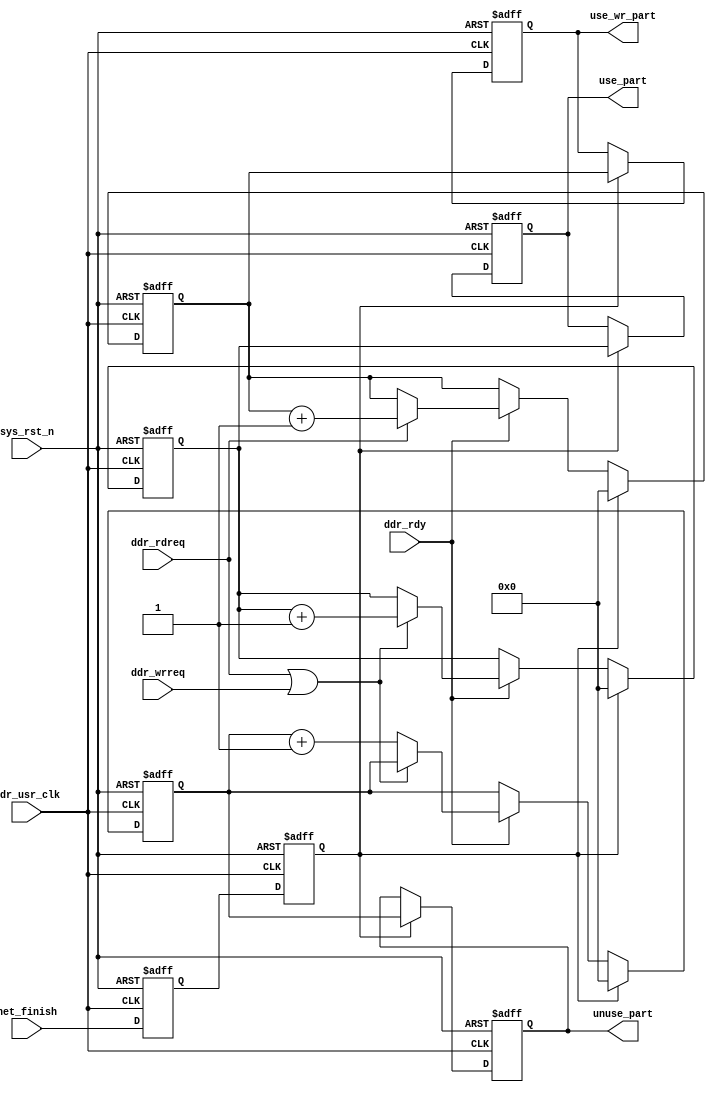
module ddr_utilization(
    input                   ddr_usr_clk     ,
    input                   sys_rst_n       ,
        
    input                   net_finish      ,
    input                   ddr_rdy         ,
    input                   ddr_rdreq       ,
    input                   ddr_wrreq       ,
        
    output reg [31:0]       use_part        ,
    output reg [31:0]       use_wr_part     ,
    output reg [31:0]       unuse_part      
);

reg [31:0]                  use_part_r;
reg [31:0]                  unuse_part_r;
reg [31:0]                  use_part_l;
reg [31:0]                  unuse_part_l;
reg [31:0]                  use_wr_part_r;
reg                         net_finish_r;
reg                         net_finish_r1;
wire                        net_finish_s;

always @ (posedge ddr_usr_clk or negedge sys_rst_n) begin 
    if (!sys_rst_n) begin 
        net_finish_r <= 1'b0;
        net_finish_r1 <= 1'b0;
    end else begin 
        net_finish_r <= net_finish;
        net_finish_r1 <= net_finish_r;
    end
end

assign net_finish_s = ~net_finish_r & net_finish;                

always @ (posedge ddr_usr_clk or negedge sys_rst_n) begin 
    if (!sys_rst_n) begin 
        use_part_r   <= 32'b0;
        unuse_part_r <= 32'b0;
        use_wr_part_r  <= 32'b0;
    end else if (net_finish_r1 == 1'b1) begin 
        use_part_r   <= 32'b0;
        unuse_part_r <= 32'b0;
        use_wr_part_r  <= 32'b0;
    end else if (ddr_rdy == 1'b1) begin 
        use_part_r   <= (ddr_rdreq || ddr_wrreq) ? use_part_r + 1'b1 : use_part_r;
        unuse_part_r <= (ddr_rdreq || ddr_wrreq) ? unuse_part_r : unuse_part_r + 1'b1;
        use_wr_part_r  <= ddr_rdreq ? use_wr_part_r + 1'b1 : use_wr_part_r;
    end
end

always @ (posedge ddr_usr_clk or negedge sys_rst_n) begin 
    if (!sys_rst_n) begin 
        use_part   <= 32'b0;
        use_wr_part <= 32'b0;
        unuse_part <= 32'b0;
    end else if (net_finish_r1 == 1'b1) begin 
        use_part   <= use_part_r;
        use_wr_part <= use_wr_part_r;
        unuse_part <= unuse_part_r;
    end else begin 
        use_part   <= use_part;
        use_wr_part <= use_wr_part;
        unuse_part <= unuse_part;
    end
end

endmodule